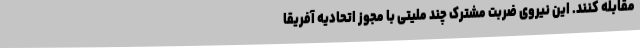
مقابله کنند. این نیروی ضربت مشترک چند ملیتی با مجوز اتحادیه آفریقا